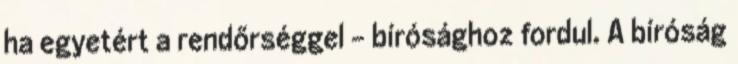
ha egyetért a rendőrséggel - bírósághoz fordul. A bíróság